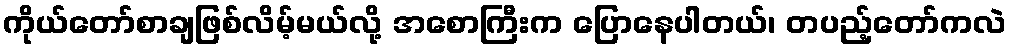
ကိုယ်တော်စာချဖြစ်လိမ့်မယ်လို့ အစောကြီးက ပြောနေပါတယ်၊ တပည့်တော်ကလဲ